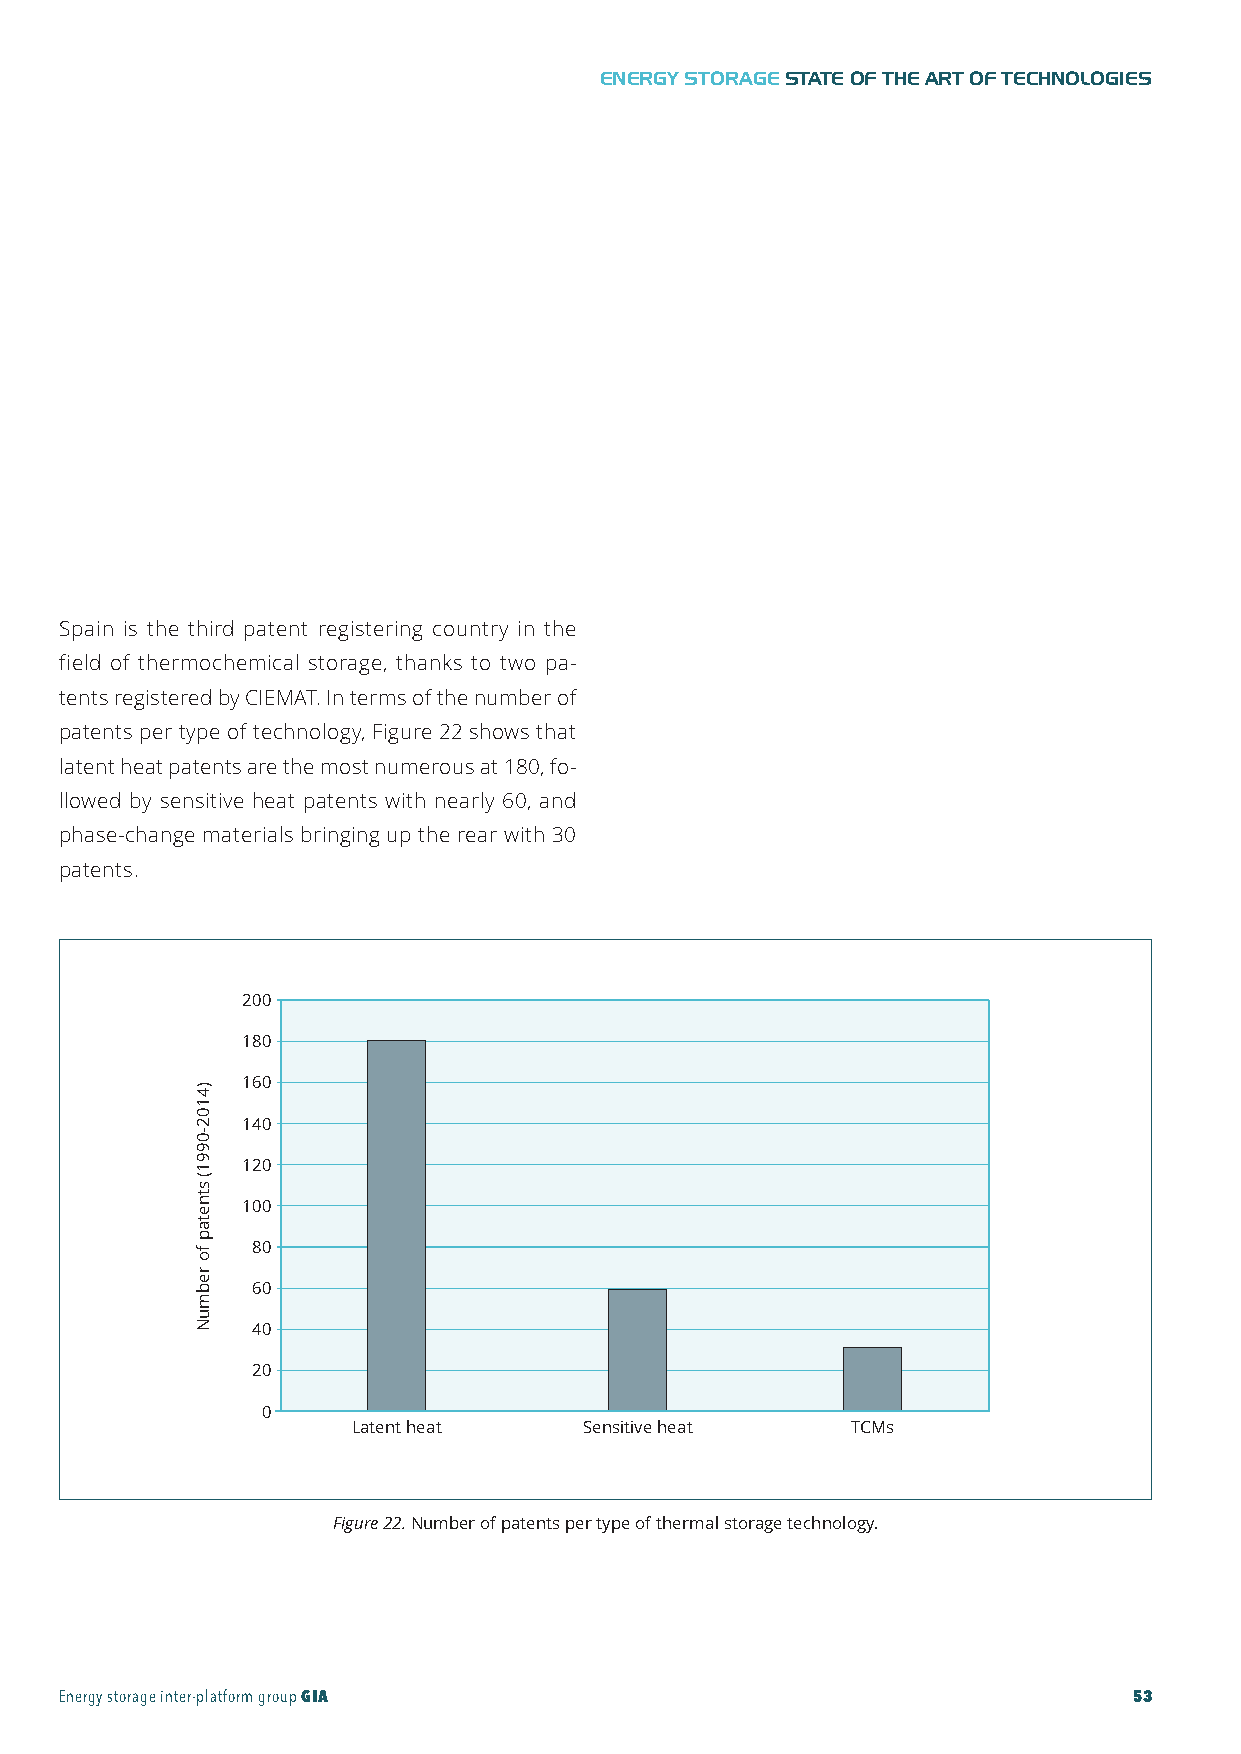
GIA-Maqueta-ENG 18/11/2015 10:05 Página 53
 ENERGY STORAGESTATE OF THE ART OF TECHNOLOGIES
 Spain is the third patent registering country in the
 field of thermochemical storage, thanks to two pa-
 tents registered by CIEMAT. In terms of the number of
 patents per type of technology, Figure 22 shows that
 latent heat patents are the most numerous at 180, fo-
 llowed by sensitive heat patents with nearly 60, and
 phase-change materials bringing up the rear with 30
 patents.
 l
 200
 180
 160
 140
 120
 100
 80
 60
 40
 20
 0
 Latent heat    Sensitive heat    TCMs
 Figure22.Number of patents per type of thermal storage technology.
 Energy storage inter-platform groupGIA                                 53
 )4102-0991(
 stnetap
 fo
 rebmuN